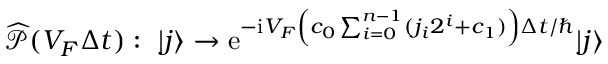
\widehat { \mathcal { P } } ( V _ { F } \Delta t ) : ~ | j \rangle \to \mathrm { e } ^ { - \mathrm { i } V _ { F } \left( c _ { 0 } \sum _ { i = 0 } ^ { n - 1 } ( j _ { i } 2 ^ { i } + c _ { 1 } ) \right) \Delta t / \hbar } | j \rangle